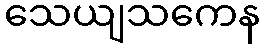
သေယျသကေန